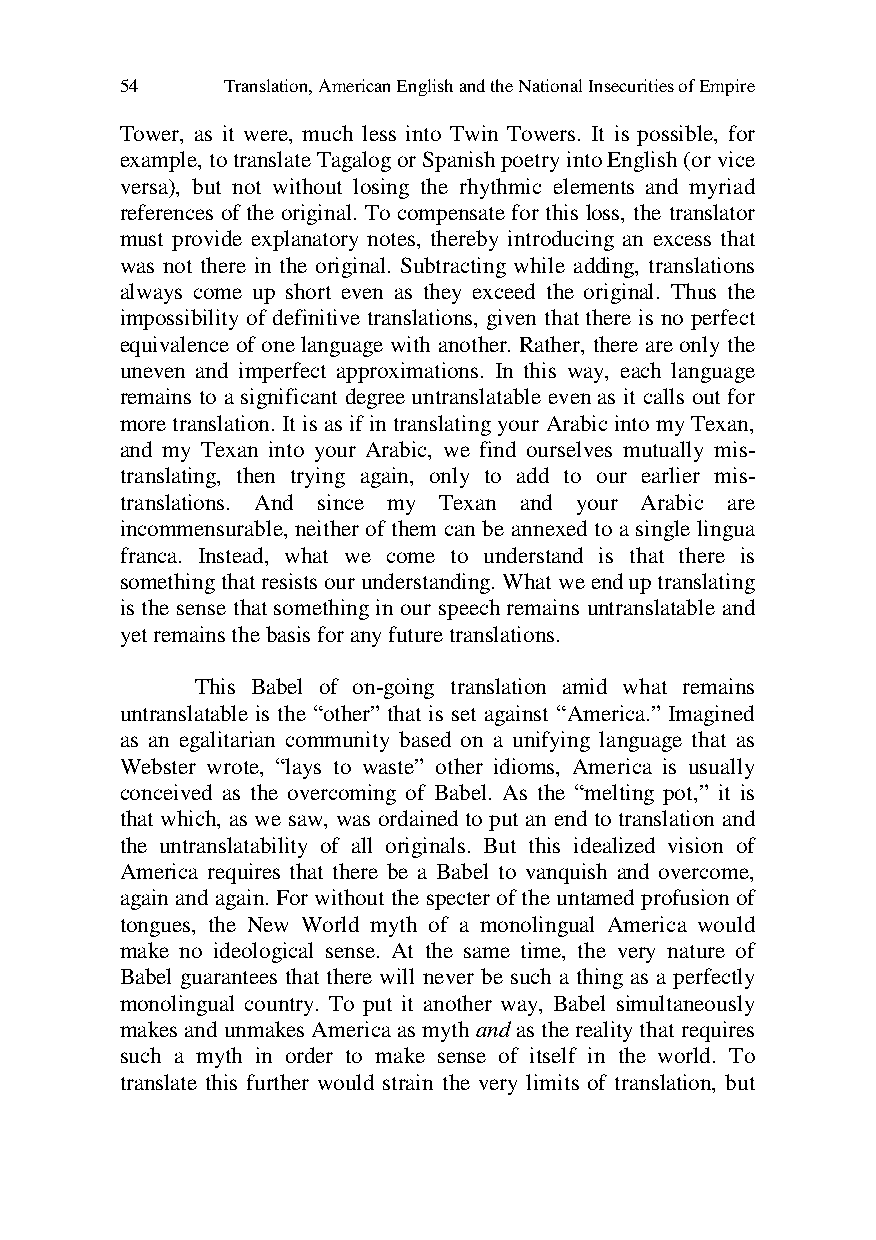
54     Translation, American English and the National Insecurities of Empire
 Tower, as it were, much less into Twin Towers. It is possible, for
 example, to translate Tagalog or Spanish poetry into English (or vice
 versa), but not without losing the rhythmic elements and myriad
 references of the original. To compensate for this loss, the translator
 must provide explanatory notes, thereby introducing an excess that
 was not there in the original. Subtracting while adding, translations
 always come up short even as they exceed the original. Thus the
 impossibility of definitive translations, given that there is no perfect
 equivalence of one language with another. Rather, there are only the
 uneven and imperfect approximations. In this way, each language
 remains to a significant degree untranslatable even as it calls out for
 more translation. It is as if in translating your Arabic into my Texan,
 and my Texan into your Arabic, we find ourselves mutually mis-
 translating, then trying again, only to add to our earlier mis-
 translations. And since my Texan and your Arabic are
 incommensurable, neither of them can be annexed to a single lingua
 franca. Instead, what we come to understand is that there is
 something that resists our understanding. What we end up translating
 is the sense that something in our speech remains untranslatable and
 yet remains the basis for any future translations.
 This Babel of on-going translation amid what remains
 untranslatable is the “other” that is set against “America.” Imagined
 as an egalitarian community based on a unifying language that as
 Webster wrote, “lays to waste” other idioms, America is usually
 conceived as the overcoming of Babel. As the “melting pot,” it is
 that which, as we saw, was ordained to put an end to translation and
 the untranslatability of all originals. But this idealized vision of
 America requires that there be a Babel to vanquish and overcome,
 again and again. For without the specter of the untamed profusion of
 tongues, the New World myth of a monolingual America would
 make no ideological sense. At the same time, the very nature of
 Babel guarantees that there will never be such a thing as a perfectly
 monolingual country. To put it another way, Babel simultaneously
 makes and unmakes America as myth and as the reality that requires
 such a myth in order to make sense of itself in the world. To
 translate this further would strain the very limits of translation, but